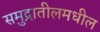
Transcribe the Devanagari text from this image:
समुद्रातीलमधील